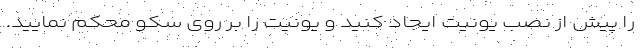
را پیش از نصب یونیت ایجاد کنید و یونیت را بر روی سکو محکم نمایید.